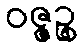
ဝဇ္ဇဉ္စ